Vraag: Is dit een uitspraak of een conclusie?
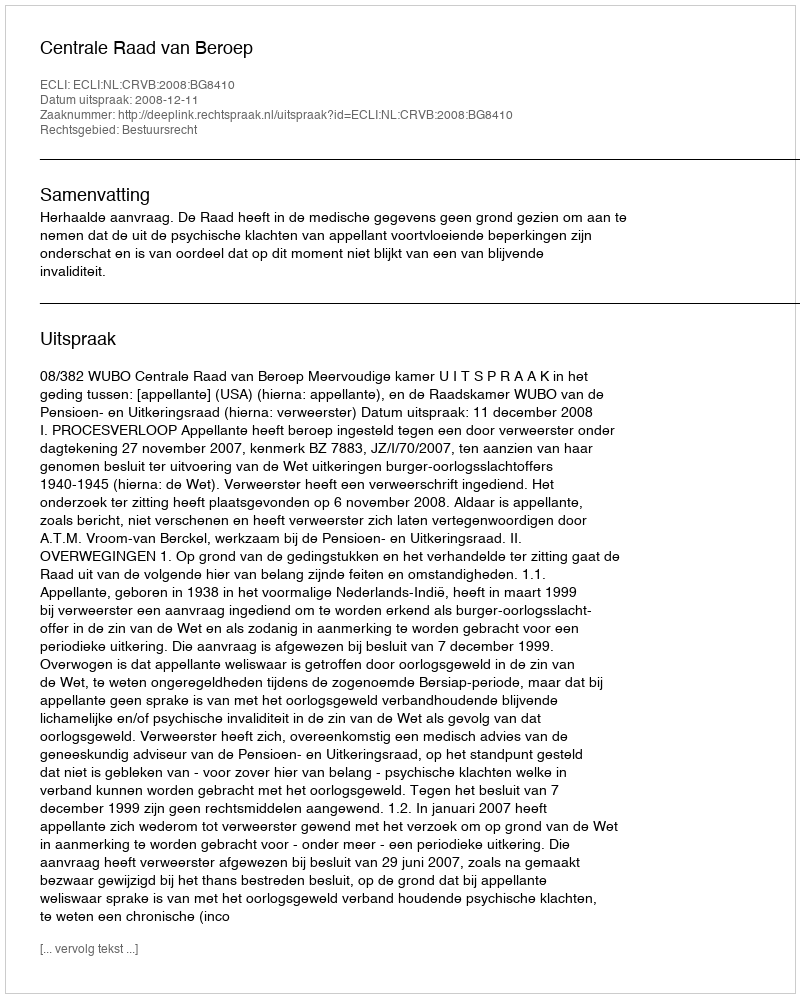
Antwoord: Uitspraak